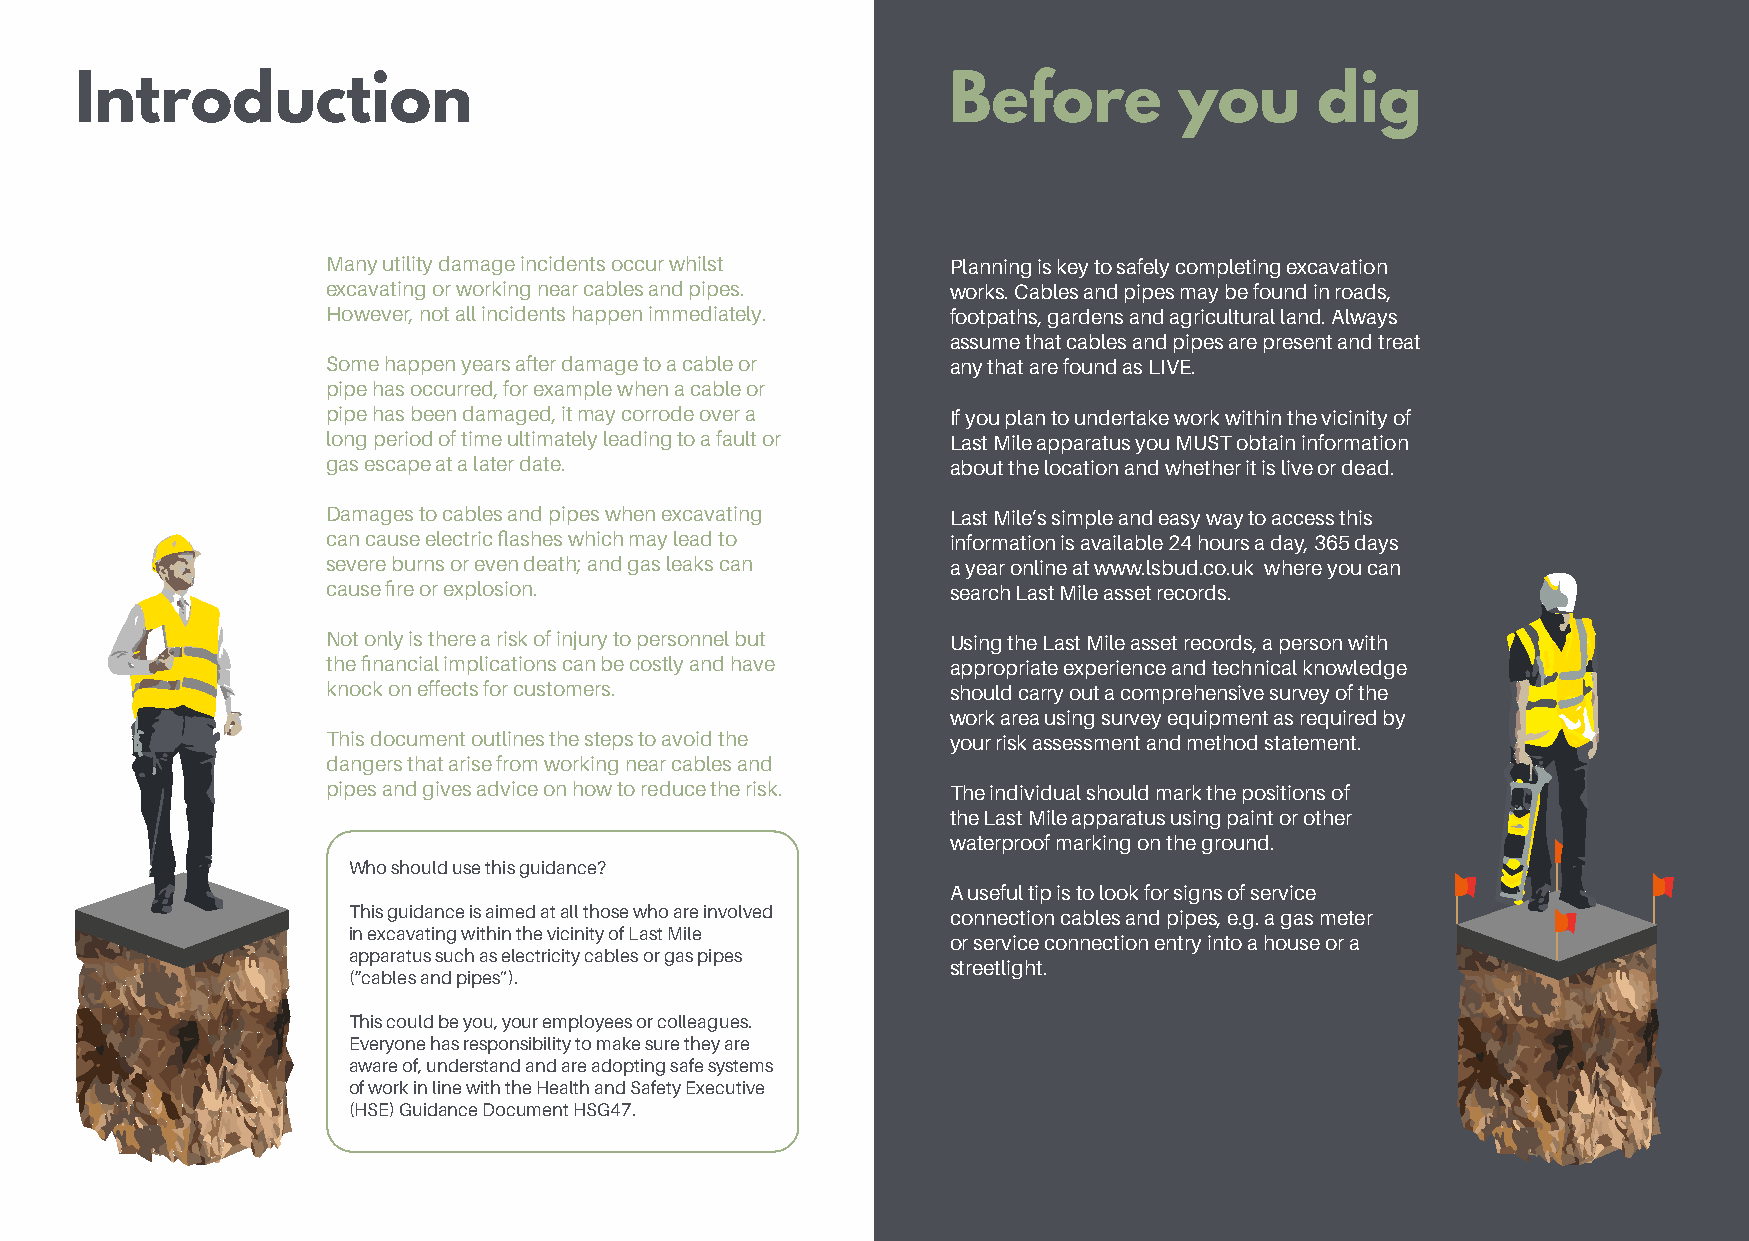
Introduction                                              Before         you      dig
 Many utility damage incidents occur whilst Planning is key to safely completing excavation
 excavating or working near cables and pipes. works. Cables and pipes may be found in roads,
 However, not all incidents happen immediately. footpaths, gardens and agricultural land. Always
 assume that cables and pipes are present and treat
 Some happen years after damage to a cable or any that are found as LIVE.
 pipe has occurred, for example when a cable or
 pipe has been damaged, it may corrode over a If you plan to undertake work within the vicinity of
 long period of time ultimately leading to a fault or Last Mile apparatus you MUST obtain information
 gas escape at a later date.              about the location and whether it is live or dead.
 Damages to cables and pipes when excavating Last Mile’s simple and easy way to access this
 can cause electric flashes which may lead to information is available 24 hours a day, 365 days
 severe burns or even death; and gas leaks can a year online at www.lsbud.co.uk where you can
 cause fire or explosion.                 search Last Mile asset records.
 Not only is there a risk of injury to personnel but Using the Last Mile asset records, a person with
 the financial implications can be costly and have appropriate experience and technical knowledge
 knock on effects for customers.          should carry out a comprehensive survey of the
 work area using survey equipment as required by
 This document outlines the steps to avoid the your risk assessment and method statement.
 dangers that arise from working near cables and
 pipes and gives advice on how to reduce the risk. The individual should mark the positions of
 the Last Mile apparatus using paint or other
 waterproof marking on the ground.
 Who should use this guidance?
 A useful tip is to look for signs of service
 This guidance is aimed at all those who are involved connection cables and pipes, e.g. a gas meter
 in excavating within the vicinity of Last Mile
 or service connection entry into a house or a
 apparatus such as electricity cables or gas pipes
 streetlight.
 (“cables and pipes”).
 This could be you, your employees or colleagues.
 Everyone has responsibility to make sure they are
 aware of, understand and are adopting safe systems
 of work in line with the Health and Safety Executive
 (HSE) Guidance Document HSG47.